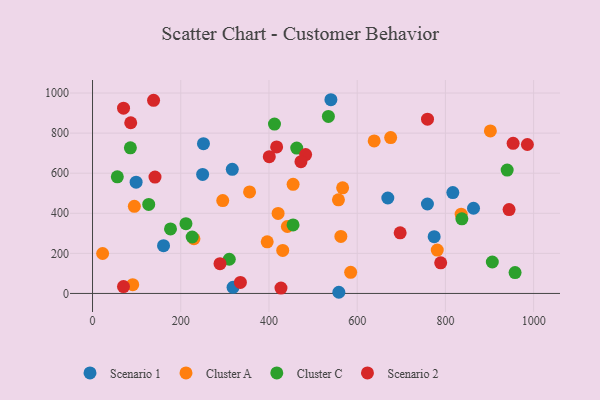
{"axis": {"x": "Ad Spend", "y": "Demand"}, "legend": ["Cluster A", "Cluster C", "Scenario 1", "Scenario 2"], "data": [{"x": "863.7", "y": 425.1, "type": "Scenario 1"}, {"x": "540.4", "y": 966.6, "type": "Scenario 1"}, {"x": "251.5", "y": 747.2, "type": "Scenario 1"}, {"x": "161.0", "y": 238.1, "type": "Scenario 1"}, {"x": "759.2", "y": 446.2, "type": "Scenario 1"}, {"x": "816.8", "y": 503.4, "type": "Scenario 1"}, {"x": "318.6", "y": 30.6, "type": "Scenario 1"}, {"x": "316.8", "y": 619.5, "type": "Scenario 1"}, {"x": "774.5", "y": 283.3, "type": "Scenario 1"}, {"x": "249.6", "y": 593.8, "type": "Scenario 1"}, {"x": "558.4", "y": 5.8, "type": "Scenario 1"}, {"x": "98.8", "y": 555.4, "type": "Scenario 1"}, {"x": "669.4", "y": 476.1, "type": "Scenario 1"}, {"x": "901.9", "y": 811.1, "type": "Cluster A"}, {"x": "420.7", "y": 399.2, "type": "Cluster A"}, {"x": "441.7", "y": 334.0, "type": "Cluster A"}, {"x": "356.0", "y": 506.5, "type": "Cluster A"}, {"x": "567.0", "y": 527.2, "type": "Cluster A"}, {"x": "675.9", "y": 777.9, "type": "Cluster A"}, {"x": "454.7", "y": 544.4, "type": "Cluster A"}, {"x": "396.0", "y": 257.4, "type": "Cluster A"}, {"x": "585.2", "y": 105.2, "type": "Cluster A"}, {"x": "431.2", "y": 214.6, "type": "Cluster A"}, {"x": "835.7", "y": 395.7, "type": "Cluster A"}, {"x": "557.5", "y": 467.3, "type": "Cluster A"}, {"x": "94.8", "y": 434.9, "type": "Cluster A"}, {"x": "563.0", "y": 284.3, "type": "Cluster A"}, {"x": "295.2", "y": 463.6, "type": "Cluster A"}, {"x": "22.9", "y": 199.4, "type": "Cluster A"}, {"x": "781.5", "y": 216.5, "type": "Cluster A"}, {"x": "638.5", "y": 760.8, "type": "Cluster A"}, {"x": "91.1", "y": 43.7, "type": "Cluster A"}, {"x": "229.9", "y": 272.9, "type": "Cluster A"}, {"x": "412.5", "y": 845.3, "type": "Cluster C"}, {"x": "310.0", "y": 170.6, "type": "Cluster C"}, {"x": "176.8", "y": 321.8, "type": "Cluster C"}, {"x": "127.4", "y": 444.0, "type": "Cluster C"}, {"x": "837.3", "y": 372.2, "type": "Cluster C"}, {"x": "211.8", "y": 347.9, "type": "Cluster C"}, {"x": "906.3", "y": 156.8, "type": "Cluster C"}, {"x": "940.0", "y": 615.4, "type": "Cluster C"}, {"x": "56.2", "y": 581.8, "type": "Cluster C"}, {"x": "85.8", "y": 726.7, "type": "Cluster C"}, {"x": "454.6", "y": 341.8, "type": "Cluster C"}, {"x": "225.9", "y": 281.5, "type": "Cluster C"}, {"x": "462.9", "y": 725.5, "type": "Cluster C"}, {"x": "534.7", "y": 883.3, "type": "Cluster C"}, {"x": "957.9", "y": 104.2, "type": "Cluster C"}, {"x": "335.2", "y": 55.1, "type": "Scenario 2"}, {"x": "697.4", "y": 302.5, "type": "Scenario 2"}, {"x": "417.4", "y": 731.0, "type": "Scenario 2"}, {"x": "759.4", "y": 869.7, "type": "Scenario 2"}, {"x": "483.1", "y": 692.8, "type": "Scenario 2"}, {"x": "70.2", "y": 34.2, "type": "Scenario 2"}, {"x": "289.0", "y": 148.4, "type": "Scenario 2"}, {"x": "789.3", "y": 152.9, "type": "Scenario 2"}, {"x": "472.5", "y": 657.6, "type": "Scenario 2"}, {"x": "944.3", "y": 418.5, "type": "Scenario 2"}, {"x": "427.2", "y": 27.0, "type": "Scenario 2"}, {"x": "70.3", "y": 924.3, "type": "Scenario 2"}, {"x": "138.4", "y": 963.5, "type": "Scenario 2"}, {"x": "141.6", "y": 580.7, "type": "Scenario 2"}, {"x": "953.5", "y": 748.9, "type": "Scenario 2"}, {"x": "86.6", "y": 851.7, "type": "Scenario 2"}, {"x": "985.8", "y": 743.3, "type": "Scenario 2"}, {"x": "400.7", "y": 682.3, "type": "Scenario 2"}]}